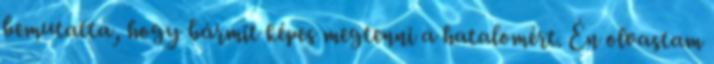
bemutatta, hogy bármit képes megtenni a hatalomért. Én olvastam